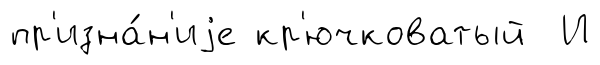
пр'изна́н'иjе кр'ючковатый И